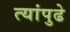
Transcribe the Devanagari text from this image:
त्यांपुढे